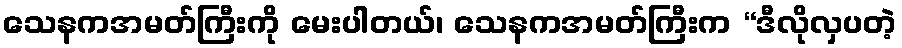
သေနကအမတ်ကြီးကို မေးပါတယ်၊ သေနကအမတ်ကြီးက “ဒီလိုလှပတဲ့